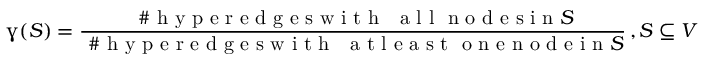
\upgamma ( S ) = \frac { \mathrm { ~ \# ~ h ~ y ~ p ~ e ~ r ~ e ~ d ~ g ~ e ~ s ~ w ~ i ~ t ~ h ~ \textit ~ { ~ a ~ l ~ l ~ } ~ n ~ o ~ d ~ e ~ s ~ i ~ n ~ } S } { \mathrm { ~ \# ~ h ~ y ~ p ~ e ~ r ~ e ~ d ~ g ~ e ~ s ~ w ~ i ~ t ~ h ~ \textit ~ { ~ a ~ t ~ l ~ e ~ a ~ s ~ t ~ } ~ o ~ n ~ e ~ n ~ o ~ d ~ e ~ i ~ n ~ } S } \, , S \subseteq V \, .